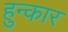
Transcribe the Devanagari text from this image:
हुन्कार